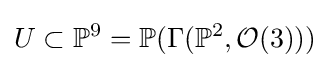
U\subset \mathbb {P} ^{9}=\mathbb {P} (\Gamma (\mathbb {P} ^{2},{\mathcal {O}}(3)))